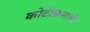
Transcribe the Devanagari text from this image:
कोटीक्रमाची